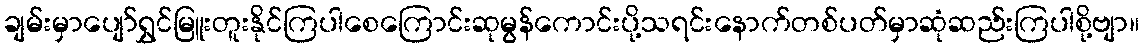
ချမ်းမှာပျော်ရွှင်မြူးတူးနိုင်ကြပါစေကြောင်းဆုမွန်ကောင်းပို့သရင်းနောက်တစ်ပတ်မှာဆုံဆည်းကြပါစို့ဗျာ။